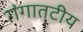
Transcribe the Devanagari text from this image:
गंगातटीय